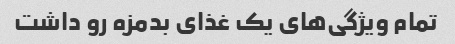
تمام ویژگی‌های یک غذای بدمزه رو داشت